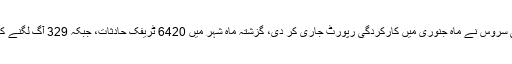
پنجاب ایمرجنسی سروس نے ماہ جنوری میں کارکردگی رپورٹ جاری کر دی، گزشتہ ماہ شہر میں 6420 ٹریفک حادثات، جبکہ 329 آگ لگنے کے واقعات ہوے۔